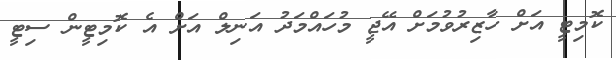
ކޮމިޓީ އަށް ހާޒިރުވުމަށް އޭޖީ މުހައްމަދު އަނިލް އަށް އެ ކޮމިޓީން ސިޓީ